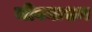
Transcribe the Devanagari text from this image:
जीवनाशय